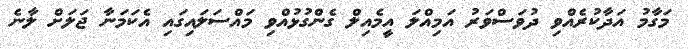
މަގާމު އަދާކުރެއްވި ދުވަސްވަރު އަމިއްލަ އީމެއިލް ގެންގުޅުއްވި މައްސަލައިގައި އެކަމަނާ ޖަލަށް ލާނެ